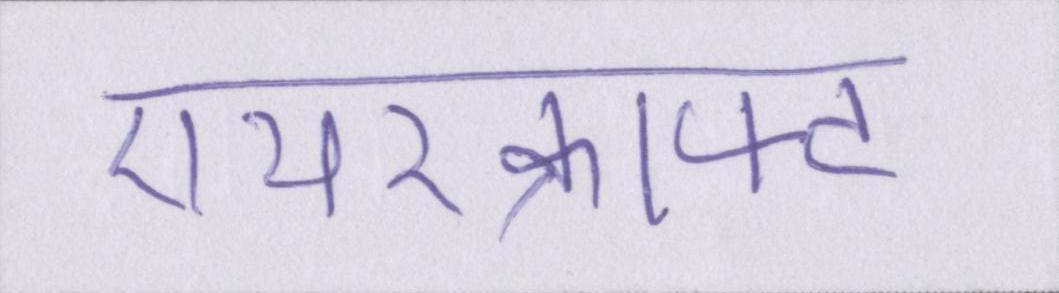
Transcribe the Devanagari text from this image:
एयरक्राफ्ट